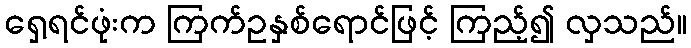
ရှေ့ရင်ဖုံးက ကြက်ဥနှစ်ရောင်ဖြင့် ကြည့်၍ လှသည်။